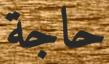
حاجة